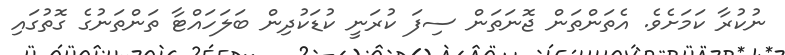
ނުކުރާ ކަމަށެވެ. އެތަންތަން ޖޮނަތަން ސިފަ ކުރަނީ ކުޑަކުދިން ބަލަހައްޓާ ތަންތަނުގެ ގޮތުގައި